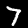
Digit: 7